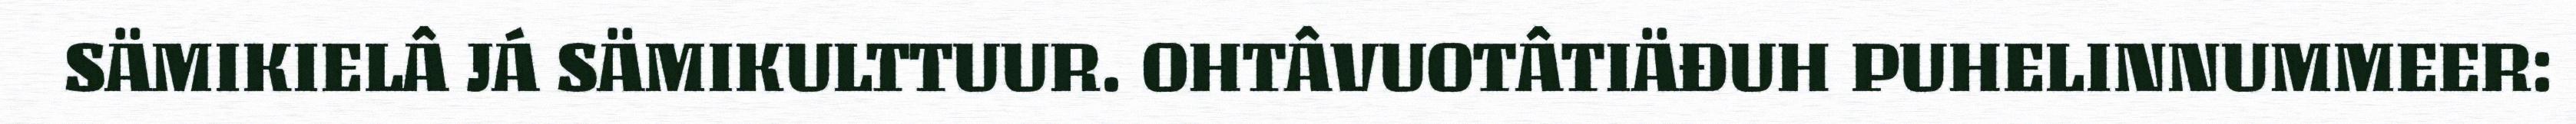
SÄMIKIELÂ JÁ SÄMIKULTTUUR. OHTÂVUOTÂTIÄĐUH PUHELINNUMMEER: